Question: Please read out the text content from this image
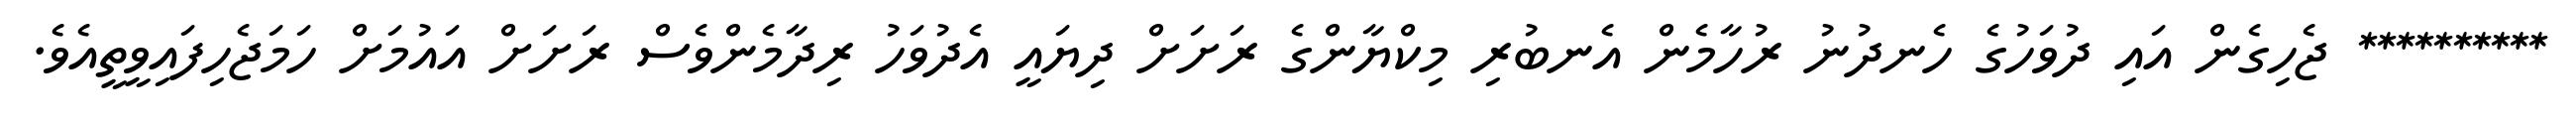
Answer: ********** ޖެހިގެން އައި ދުވަހުގެ ހެނދުނު ރުހާމެން އެނބުރި މިކްޔާންގެ ރަށަށް ދިޔައީ އެދުވަހު ރިދާމެންވެސް ރަށަށް އައުމަށް ހަމަޖެހިފައިވީތީއެވެ.